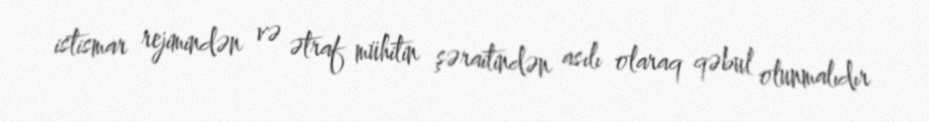
istismar rejimindən və ətraf mühitin şəraitindən asılı olaraq qəbul olunmalıdır